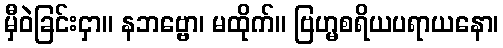
မှီဝဲခြင်းငှာ။ နဘဗ္ဗော၊ မထိုက်။ ဗြဟ္မစရိယပရာယနော၊